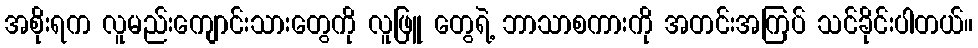
အစိုးရက လူမည်းကျောင်းသားတွေကို လူဖြူ တွေရဲ့ ဘာသာစကားကို အတင်းအကြပ် သင်ခိုင်းပါတယ်။